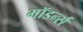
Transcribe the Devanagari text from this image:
मॉडर्न्स